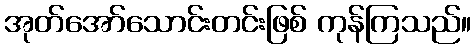
အုတ်အော်သောင်းတင်းဖြစ် ကုန်ကြသည်။